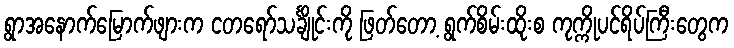
ရွာအနောက်မြောက်ဖျားက ငတရော်သင်္ချိုင်းကို ဖြတ်တော့ ရွက်စိမ်းထိုးစ ကုက္ကိုပင်ရိပ်ကြီးတွေက